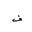
Letter: _fa